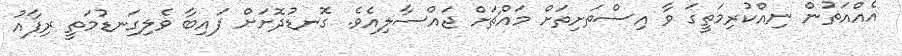
އެއްއަތުން ނިއްކުރިމަތީގަ ވާ އިސްތަށިތަށް މައްޗަށް ޖައްސާލިއެވެ. ގޮނޑުދޮށަށް ފައިބާ ވެލިގަނޑުމަތީ ރިފާއު